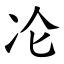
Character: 㓆